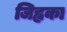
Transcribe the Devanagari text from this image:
जिह्वका